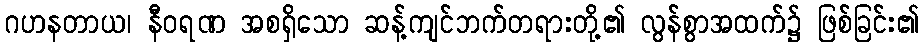
ဂဟနတာယ၊ နီဝရဏ အစရှိသော ဆန့်ကျင်ဘက်တရားတို့၏ လွန်စွာအထက်၌ ဖြစ်ခြင်း၏